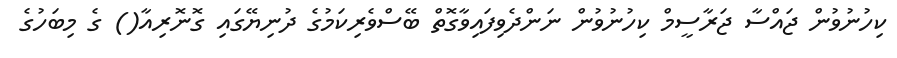
ކިހުނުވުން ޖައްސާ ޖަރާސީމް ކިހުނުވުން ނަންދެވިފައިވާގޮތް ބޭސްވެރިކަމުގެ ދުނިޔޭގައި ގޮނޮރިއާ() ގެ މިބަހުގެ